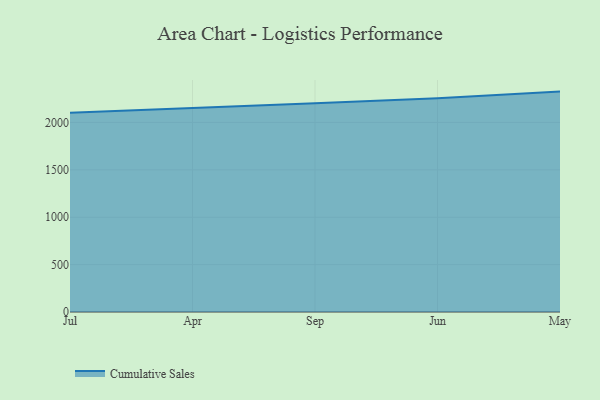
{"axis": {"x": "Month", "y": "Conversion Rate (%)"}, "legend": ["Cumulative Sales"], "data": [{"x": "Jul", "y": 2103.4, "type": "Cumulative Sales"}, {"x": "Apr", "y": 2150.3, "type": "Cumulative Sales"}, {"x": "Sep", "y": 2201.8, "type": "Cumulative Sales"}, {"x": "Jun", "y": 2255.8, "type": "Cumulative Sales"}, {"x": "May", "y": 2325.5, "type": "Cumulative Sales"}]}